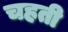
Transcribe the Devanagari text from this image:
चहती